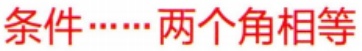
条件……两个角相等